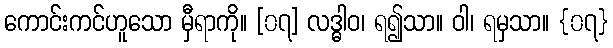
ကောင်းကင်ဟူသော မှီရာကို။ [၀၇] လဒ္ဓါဝ၊ ရ၍သာ။ ဝါ၊ ရမှသာ။ {၀၇}